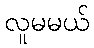
လူမမယ်